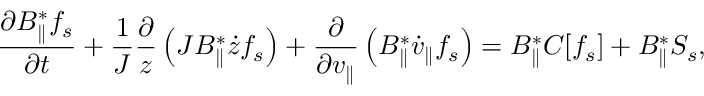
\frac { \partial B _ { \parallel } ^ { * } f _ { s } } { \partial t } + \frac { 1 } { J } \frac { \partial } { z } \left( J B _ { \parallel } ^ { * } \dot { z } f _ { s } \right) + \frac { \partial } { \partial v _ { \parallel } } \left( B _ { \parallel } ^ { * } \dot { v } _ { \parallel } f _ { s } \right) = B _ { \parallel } ^ { * } C [ f _ { s } ] + B _ { \parallel } ^ { * } S _ { s } ,